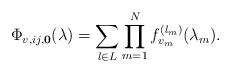
LaTeX: \begin{align*}\Phi_{v,ij,{\bf 0}}(\lambda) = \sum_{l\in L} \prod_{m=1}^N f_{v_m}^{(l_m)}(\lambda_m).\end{align*}